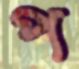
প